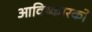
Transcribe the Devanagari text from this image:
आविष्कारको